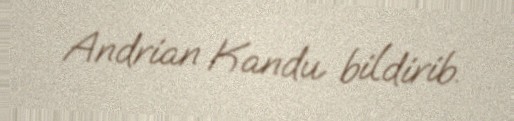
Andrian Kandu bildirib.